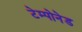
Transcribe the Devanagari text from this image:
टेम्पोनेड